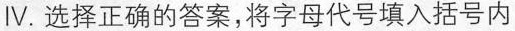
Ⅳ. 选择正确的答案，将字母代号填入括号内